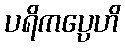
ပရိကပ္ပေဟိ